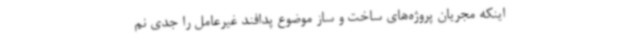
اینکه مجریان پروژه‌های ساخت‌ و ساز موضوع پدافند غیرعامل را جدی نم